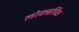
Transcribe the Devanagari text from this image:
लोक्त्नर्त्रिक